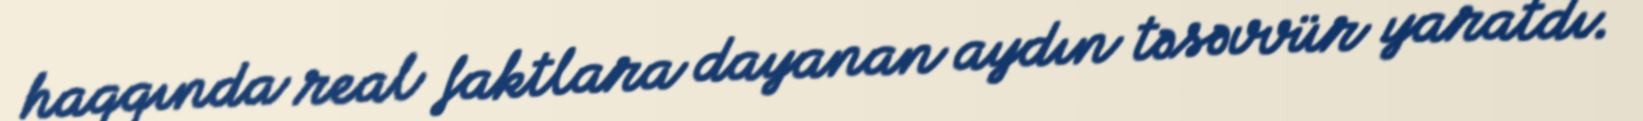
haqqında real faktlara dayanan aydın təsəvvür yaratdı.